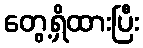
တွေ့ရှိထားပြီး